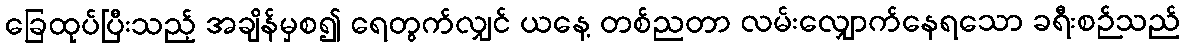
ခြေထုပ်ပြီးသည့် အချိန်မှစ၍ ရေတွက်လျှင် ယနေ့ တစ်ညတာ လမ်းလျှောက်နေရသော ခရီးစဉ်သည်